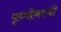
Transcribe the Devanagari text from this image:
पृथ्वीवरची